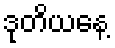
ဒုတိယနေ့